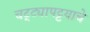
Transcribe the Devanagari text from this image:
चट्ट्यापट्टयाचे